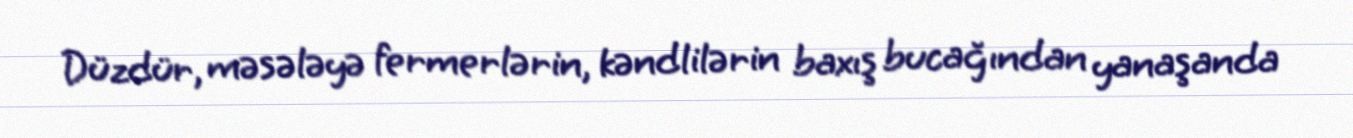
Düzdür, məsələyə fermerlərin, kəndlilərin baxış bucağından yanaşanda